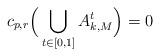
LaTeX: \begin{align*}c_{p,r}\Big(\bigcup_{t\in[0,1]}A_{k,M}^{t}\Big)=0\end{align*}